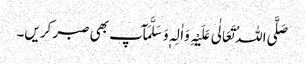
صَلَّی اللہُ تَعَالٰی عَلَیْہِ وَاٰلِہٖ وَسَلَّمَآپ بھی صبر کریں۔